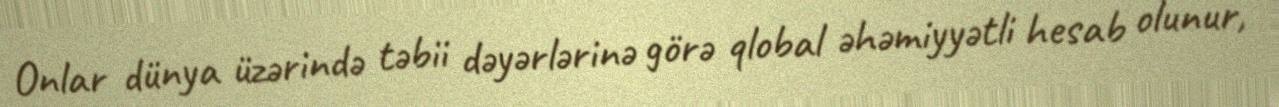
Onlar dünya üzərində təbii dəyərlərinə görə qlobal əhəmiyyətli hesab olunur,